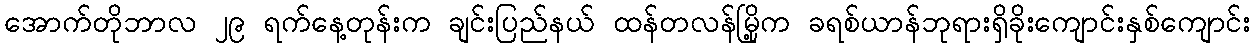
အောက်တိုဘာလ ၂၉ ရက်နေ့တုန်းက ချင်းပြည်နယ် ထန်တလန်မြို့က ခရစ်ယာန်ဘုရားရှိခိုးကျောင်းနှစ်ကျောင်း